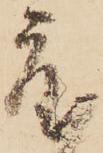
度